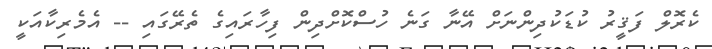
ކެރޮލް ފަޤީރު ކުޑަކުދިންނަށް އޭނާ ގަނެ ހުސްކޮށްދިން ފިހާރައިގެ ތެރޭގައި -- އެމެރިކާއަކީ